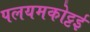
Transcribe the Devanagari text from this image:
पलयमकोट्टई